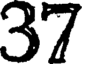
37